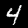
Digit: 4